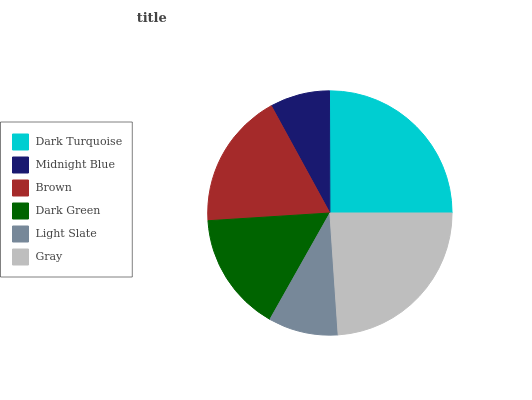
| Dark Turquoise | Midnight Blue | Brown | Dark Green | Light Slate | Gray |
 | --- | --- | --- | --- | --- | --- |
 | 25% | 7.92% | 18% | 15.8% | 9.26% | 23.9% |